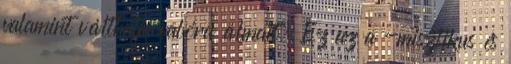
valamint válthatja valóra álmait. Ez az a -misztikus és